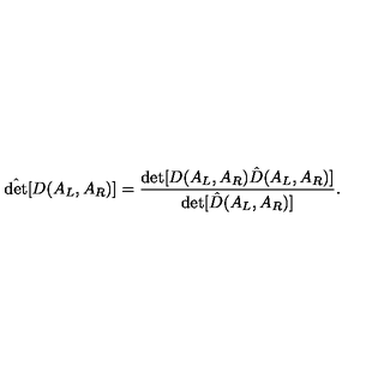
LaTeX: \hat { \det } [ D ( A _ { L } , A _ { R } ) ] = { \frac { \det [ D ( A _ { L } , A _ { R } ) \hat { D } ( A _ { L } , A _ { R } ) ] } { \det [ \hat { D } ( A _ { L } , A _ { R } ) ] } } .